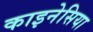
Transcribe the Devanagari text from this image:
काइनेसिया